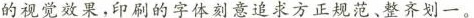
的视觉效果，印刷的字体刻意追求方正规范、整齐划一